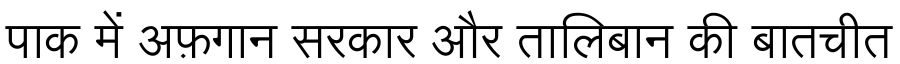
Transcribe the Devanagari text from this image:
पाक में अफ़गान सरकार और तालिबान की बातचीत